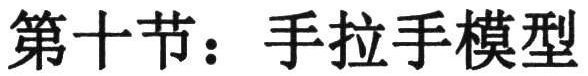
第十节：手拉手模型